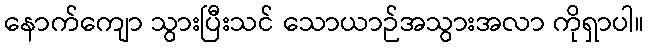
နောက်ကျော သွားပြီးသင် သောယာဉ်အသွားအလာ ကိုရှာပါ။